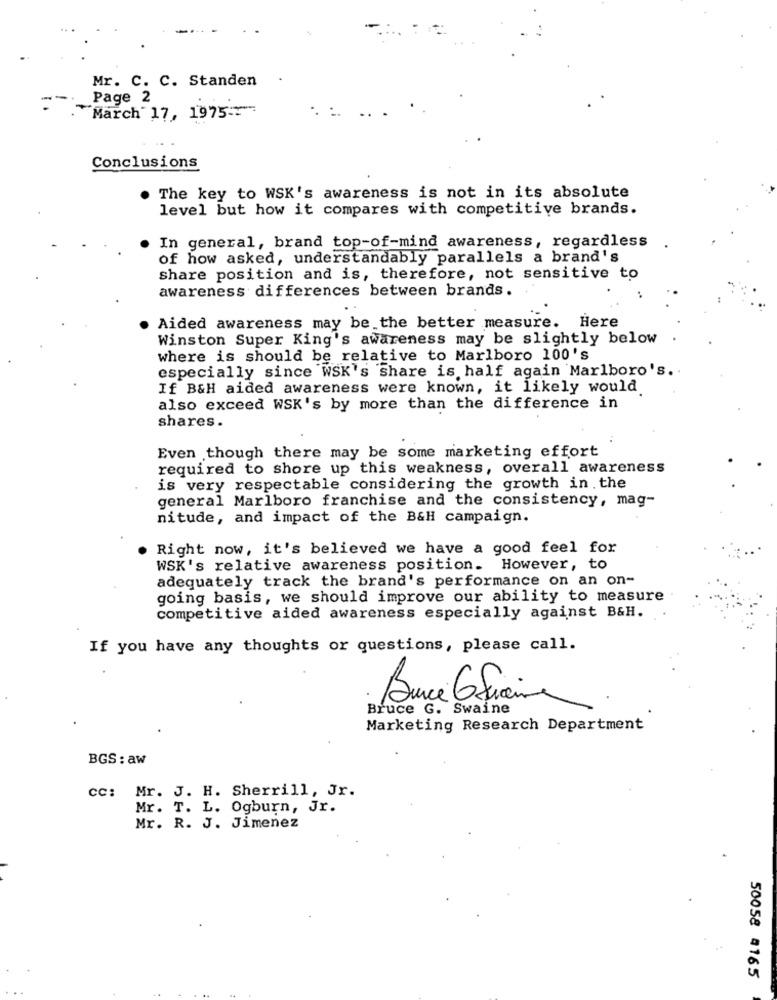
Mr. C. C. Standen
Page 2
"March 17, 1975
Conclusions
The key to WSK's awareness is not in its absolute
level but how it compares with competitive brands.
In general, brand top-of-mind awareness, regardless
of how asked, understandably parallels a brand's
share position and is, therefore, not sensitive to
awareness differences between brands.
Aided awareness may be the better measure. Here
Winston Super King's awareness may be slightly below
where is should be relative to Marlboro 100's
especially since WSK's share is half again Marlboro's ..
If B&H aided awareness were known, it likely would
also exceed WSK's by more than the difference in
shares.
Even though there may be some marketing effort
required to shore up this weakness, overall awareness
is very respectable considering the growth in . the
general Marlboro franchise and the consistency, mag-
nitude, and impact of the B&H campaign.
Right now, it's believed we have a good feel for
WSK's relative awareness position. However, to
adequately track the brand's performance on an on-
going basis, we should improve our ability to measure
competitive aided awareness especially against B&H.
If you have any thoughts or questions, please call.
3 .
Bruce G. Swaine
Marketing Research Department
BGS : aw
cc: Mr. J. H. Sherrill, Jr.
Mr. T. L. Ogburn, Jr.
Mr. R. J. Jimenez
50058 4165